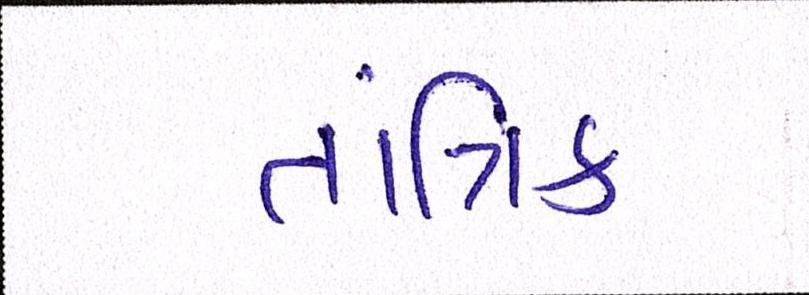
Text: તાંત્રિક